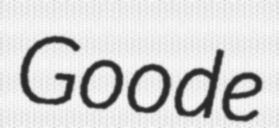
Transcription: Goode